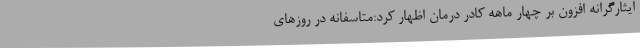
ایثارگرانه افزون بر چهار ماهه کادر درمان اظهار کرد:متاسفانه در روزهای